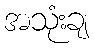
အသုံးချ